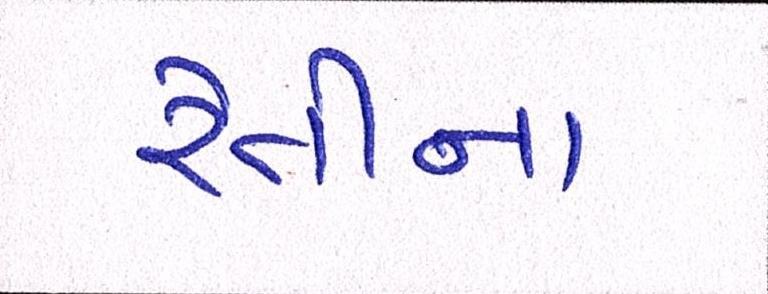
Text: રેતીના